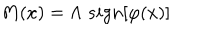
M ( x ) = \Lambda \; s i g n [ \varphi ( x ) ]